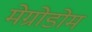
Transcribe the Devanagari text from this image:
मेग्रोडोम